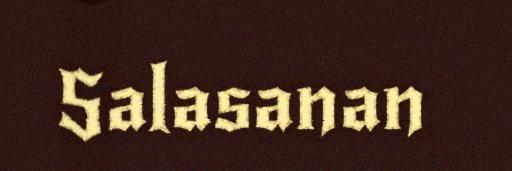
Salasanan